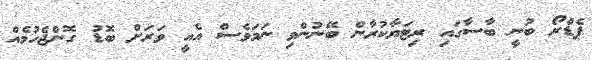
ޕެޑްރޯ ބުނީ ބާސާގައި ރިޓަޔާކުރާން ބޭނުންވި ނަމަވެސް އެއީ ވަރަށް ބޮޑު ގޮންޖެހުމެއް